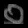
Digit: ၀